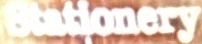
Stationary